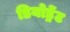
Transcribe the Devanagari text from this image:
डियोड्रेंट